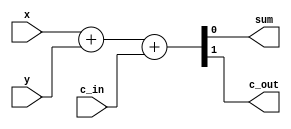
// Full Adder Module using Behavioral Modeling
module full_adder_behavioral(
    input   wire    x,      // First input bit
    input   wire    y,      // Second input bit
    input   wire    c_in,   // Carry input bit
    output  reg     sum,    // Sum output bit
    output  reg     c_out   // Carry output bit
);

// Always block to describe combinational logic
always @(*) begin
    // Combine the inputs x, y, and c_in to calculate sum and carry out
    {c_out, sum} = x + y + c_in;
end

endmodule